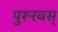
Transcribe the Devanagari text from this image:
पुरूरवस्